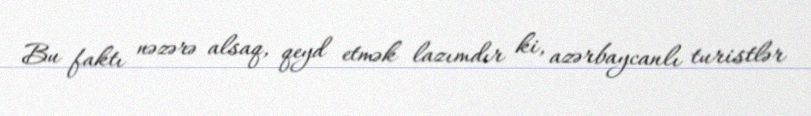
Bu faktı nəzərə alsaq, qeyd etmək lazımdır ki, azərbaycanlı turistlər